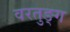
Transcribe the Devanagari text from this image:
वरतुङ्ग